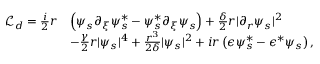
\begin{array} { r l } { \mathcal { L } _ { d } = \frac { i } { 2 } r } & { \left( \psi _ { s } \partial _ { \xi } \psi _ { s } ^ { * } - \psi _ { s } ^ { * } \partial _ { \xi } \psi _ { s } \right) + \frac { \delta } { 2 } r | \partial _ { r } \psi _ { s } | ^ { 2 } } \\ & { - \frac { \gamma } { 2 } r | \psi _ { s } | ^ { 4 } + \frac { r ^ { 3 } } { 2 \delta } | \psi _ { s } | ^ { 2 } + i r \left( \epsilon \psi _ { s } ^ { * } - \epsilon ^ { * } \psi _ { s } \right) , } \end{array}